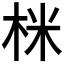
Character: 𭩽